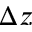
\Delta z